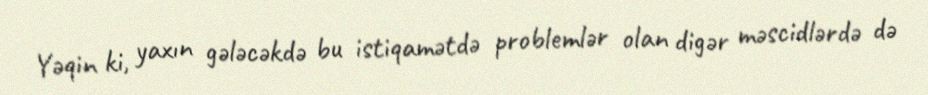
Yəqin ki, yaxın gələcəkdə bu istiqamətdə problemlər olan digər məscidlərdə də